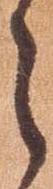
之